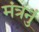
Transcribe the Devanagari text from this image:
मंत्रनुं